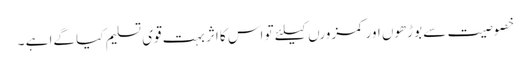
خصوصیت سے بوڑھوں اور کمزورں کیلئے تو اس کا اثر بہت قوی تسلیم کیا گےا ہے ۔